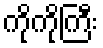
ကိုကိုကြီး